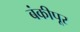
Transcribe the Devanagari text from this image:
बंकीपूर